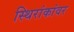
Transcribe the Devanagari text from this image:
स्थिरांकांवर